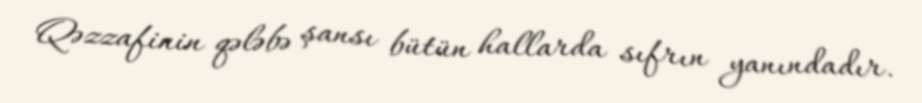
Qəzzafinin qələbə şansı bütün hallarda sıfrın yanındadır.